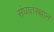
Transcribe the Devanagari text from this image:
संघातस्थान